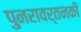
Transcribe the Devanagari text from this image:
पुनरावर्तनकी